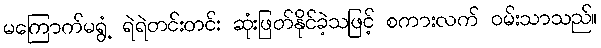
မကြောက်မရွံ့ ရဲရဲတင်းတင်း ဆုံးဖြတ်နိုင်ခဲ့သဖြင့် စကားလက် ဝမ်းသာသည်။